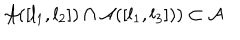
\mathcal { A } ( [ l _ { 1 } , l _ { 2 } ] ) \cap \mathcal { A } ( [ l _ { 1 } , l _ { 3 } ] ) ) \subset \mathcal { A }